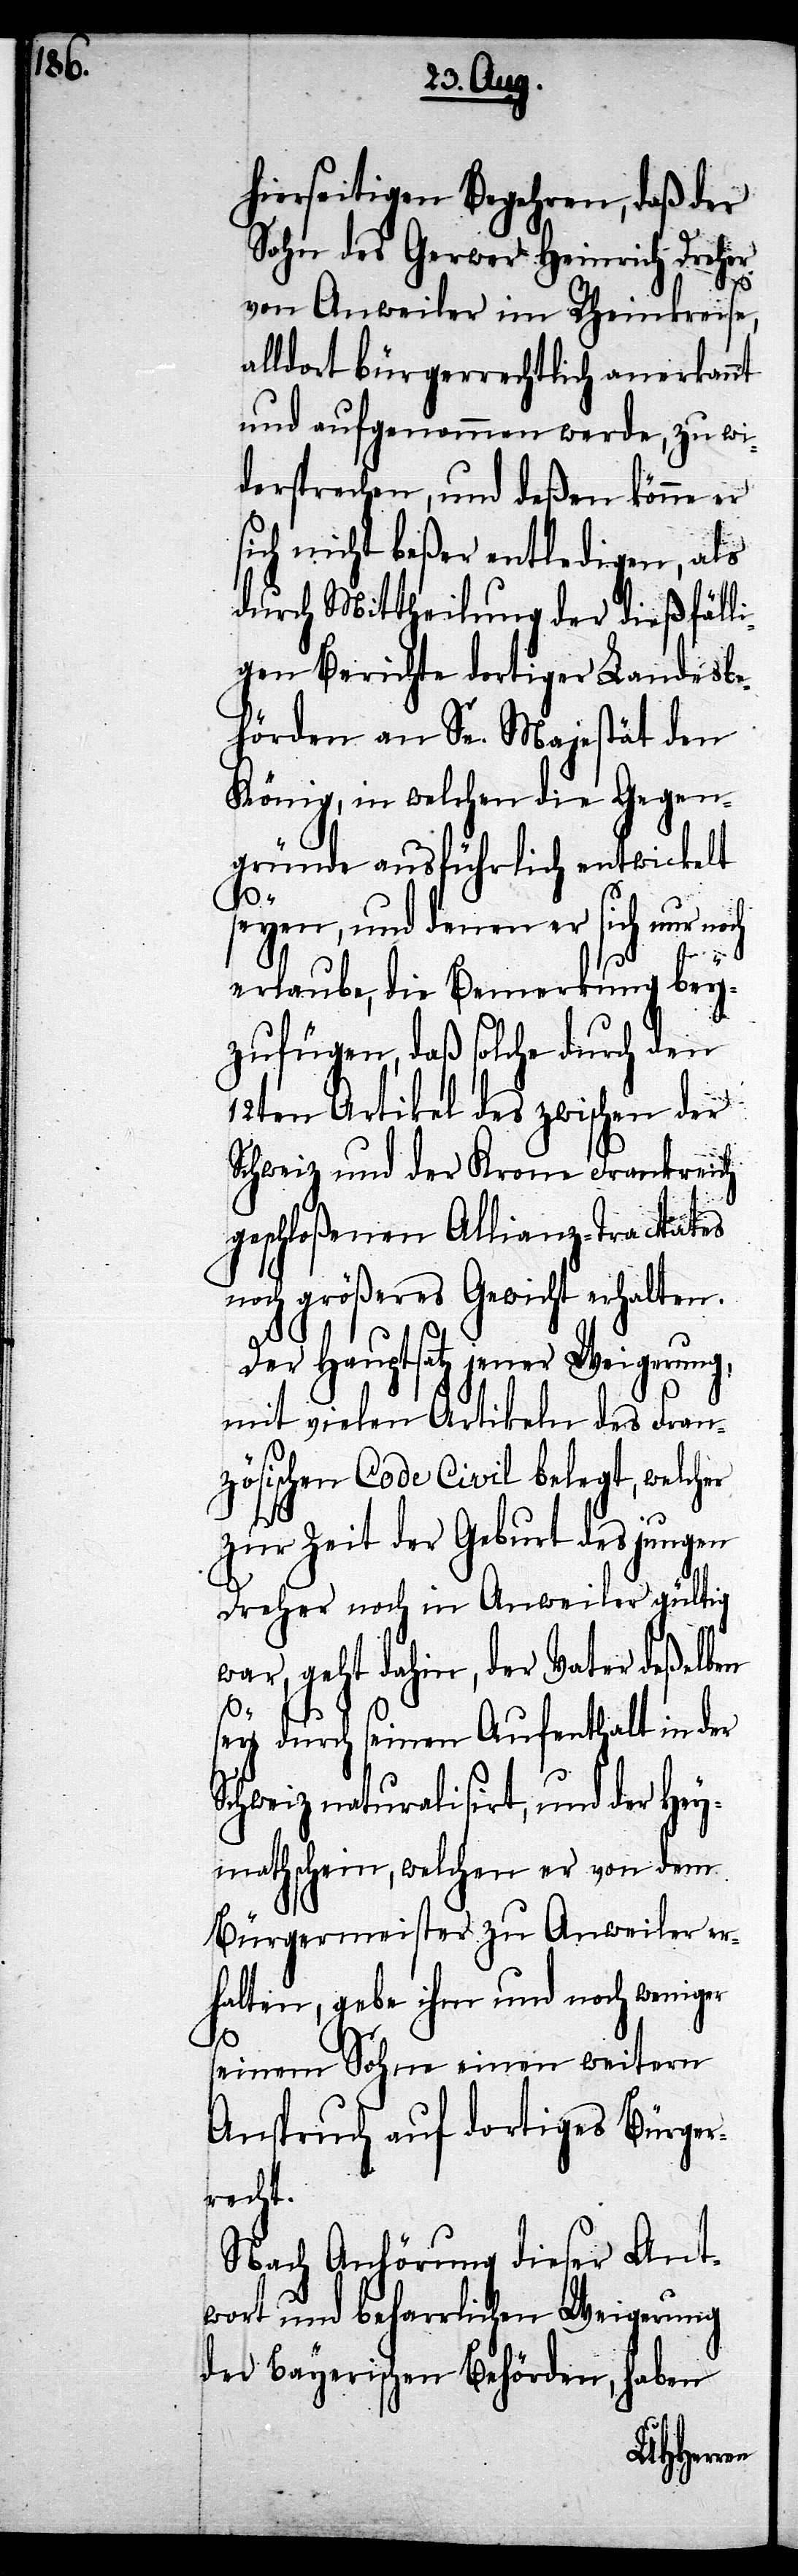
hierseitigen Begehren, daß der
Sohn des Gerwer Heinrich Dreher
von Anweiler im Rheinkreise,
alldort bürgerrechtlich anerkannt
und aufgenommen werde, zu wi¬
dersprechen, und deßen könne er
sich nicht beßer entledigen, als
durch Mittheilung der dießfäll¬
igen Berichte dortiger Landesbe¬
hörden an Se. Majestät den
König, in welchen die Gegen¬
gründe ausführlich entwickelt
seyen, und denen er sich nur noch
erlaube, die Bemerkung bey¬
zufügen, daß solche durch den
12ten Artikel des zwischen der
Schweiz und der Krone Frankreich
geschloßenen Allianz-Tractates
noch größeres Gewicht erhalten.
Der Hauptsatz jener Weigerung,
mit vielen Artikeln des Fran¬
zösischen Code Civil belegt, welcher
zur Zeit der Geburt des jungen
Dreher noch in Anweiler gültig
war, geht dahin, der Vater deßelben
sey durch seinen Aufenthalt in der
Schweiz naturalisirt, und der Hey¬
mathschein, welchen er von dem
Bürgermeister zu Anweiler er¬
halten, gebe ihm und noch weniger
seinem Sohne einen weitern
Anspruch auf dortiges Bürger¬
recht.
Nach Anhörung dieser Ant¬
wort und beharrlichen Weigerung
der Bayerischen Behörden, haben